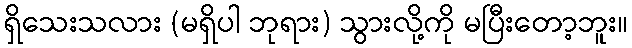
ရှိသေးသလား (မရှိပါ ဘုရား) သွားလို့ကို မပြီးတော့ဘူး။